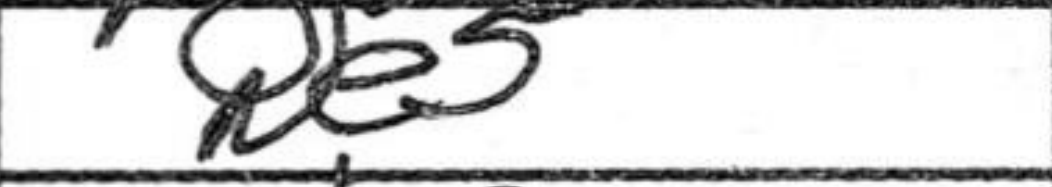
Transcription: Ne5